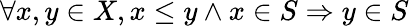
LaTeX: \forall x,y\in X,x\leq y\wedge x\in S\Rightarrow y\in S